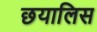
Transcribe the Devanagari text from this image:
छयालिस